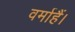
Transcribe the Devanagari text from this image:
वर्माहैं।